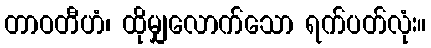
တာဝတီဟံ၊ ထိုမျှလောက်သော ရက်ပတ်လုံး။